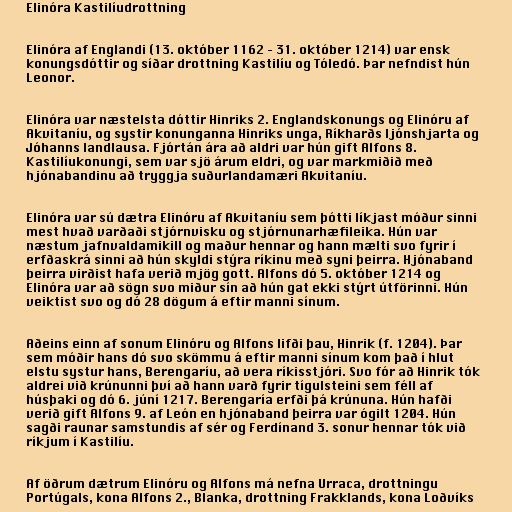
Elinóra Kastilíudrottning

Elinóra af Englandi (13. október 1162 – 31. október 1214) var ensk
konungsdóttir og síðar drottning Kastilíu og Tóledó. Þar nefndist hún
Leonor.

Elinóra var næstelsta dóttir Hinriks 2. Englandskonungs og Elinóru af
Akvitaníu, og systir konunganna Hinriks unga, Ríkharðs ljónshjarta og
Jóhanns landlausa. Fjórtán ára að aldri var hún gift Alfons 8.
Kastilíukonungi, sem var sjö árum eldri, og var markmiðið með
hjónabandinu að tryggja suðurlandamæri Akvitaníu.

Elinóra var sú dætra Elinóru af Akvitaníu sem þótti líkjast móður sinni
mest hvað varðaði stjórnvisku og stjórnunarhæfileika. Hún var
næstum jafnvaldamikill og maður hennar og hann mælti svo fyrir í
erfðaskrá sinni að hún skyldi stýra ríkinu með syni þeirra. Hjónaband
þeirra virðist hafa verið mjög gott. Alfons dó 5. október 1214 og
Elinóra var að sögn svo miður sín að hún gat ekki stýrt útförinni. Hún
veiktist svo og dó 28 dögum á eftir manni sínum.

Aðeins einn af sonum Elinóru og Alfons lifði þau, Hinrik (f. 1204). Þar
sem móðir hans dó svo skömmu á eftir manni sínum kom það í hlut
elstu systur hans, Berengaríu, að vera ríkisstjóri. Svo fór að Hinrik tók
aldrei við krúnunni því að hann varð fyrir tígulsteini sem féll af
húsþaki og dó 6. júní 1217. Berengaría erfði þá krúnuna. Hún hafði
verið gift Alfons 9. af León en hjónaband þeirra var ógilt 1204. Hún
sagði raunar samstundis af sér og Ferdínand 3. sonur hennar tók við
ríkjum í Kastilíu.

Af öðrum dætrum Elinóru og Alfons má nefna Urraca, drottningu
Portúgals, kona Alfons 2., Blanka, drottning Frakklands, kona Loðvíks